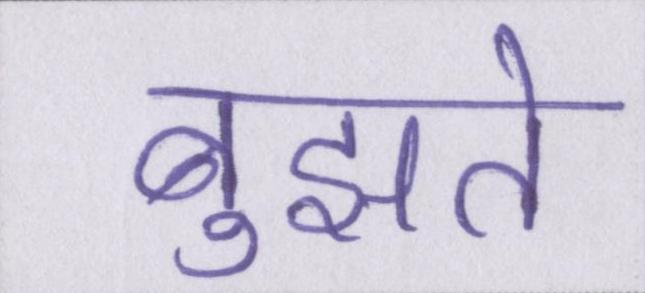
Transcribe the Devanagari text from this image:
बुझते